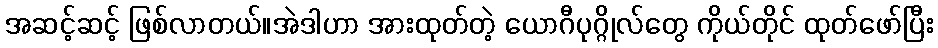
အဆင့်ဆင့် ဖြစ်လာတယ်။အဲဒါဟာ အားထုတ်တဲ့ ယောဂီပုဂ္ဂိုလ်တွေ ကိုယ်တိုင် ထုတ်ဖော်ပြီး